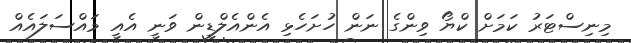
މިނިސްޓަަރު ކަމަށް ކްޔޯ ވިންގެ ނަން ހުށަހެޅި އެންއެލްޑީން ވަނީ އެއީ މައްސަލައެއް